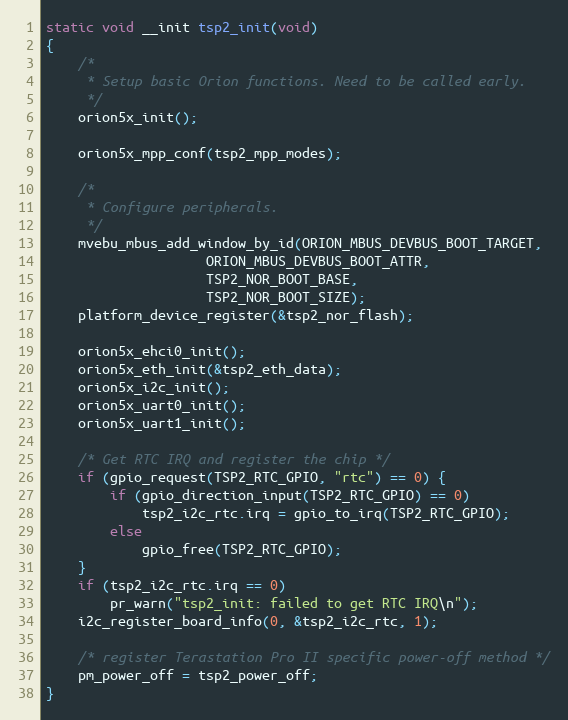
Language: C
static void __init tsp2_init(void)
{
	/*
	 * Setup basic Orion functions. Need to be called early.
	 */
	orion5x_init();

	orion5x_mpp_conf(tsp2_mpp_modes);

	/*
	 * Configure peripherals.
	 */
	mvebu_mbus_add_window_by_id(ORION_MBUS_DEVBUS_BOOT_TARGET,
				    ORION_MBUS_DEVBUS_BOOT_ATTR,
				    TSP2_NOR_BOOT_BASE,
				    TSP2_NOR_BOOT_SIZE);
	platform_device_register(&tsp2_nor_flash);

	orion5x_ehci0_init();
	orion5x_eth_init(&tsp2_eth_data);
	orion5x_i2c_init();
	orion5x_uart0_init();
	orion5x_uart1_init();

	/* Get RTC IRQ and register the chip */
	if (gpio_request(TSP2_RTC_GPIO, "rtc") == 0) {
		if (gpio_direction_input(TSP2_RTC_GPIO) == 0)
			tsp2_i2c_rtc.irq = gpio_to_irq(TSP2_RTC_GPIO);
		else
			gpio_free(TSP2_RTC_GPIO);
	}
	if (tsp2_i2c_rtc.irq == 0)
		pr_warn("tsp2_init: failed to get RTC IRQ\n");
	i2c_register_board_info(0, &tsp2_i2c_rtc, 1);

	/* register Terastation Pro II specific power-off method */
	pm_power_off = tsp2_power_off;
}